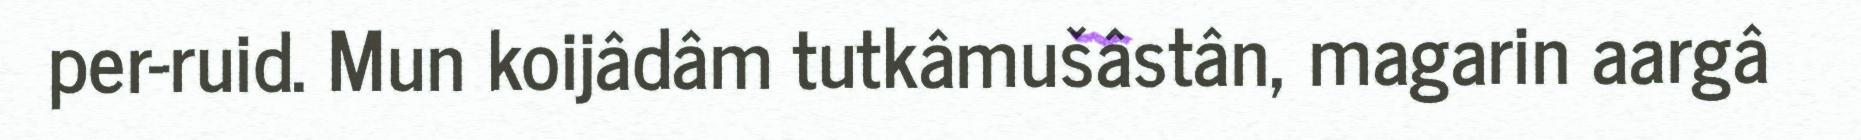
per-ruid. Mun koijâdâm tutkâmušâstân, magarin aargâ